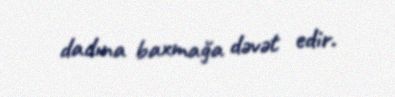
dadına baxmağa dəvət edir.